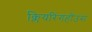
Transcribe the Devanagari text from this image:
क्लियरिंगहॉउस